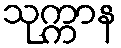
သုက္ကာန